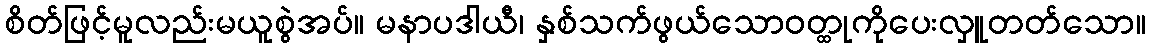
စိတ်ဖြင့်မူလည်းမယူစွဲအပ်။ မနာပဒါယီ၊ နှစ်သက်ဖွယ်သောဝတ္ထုကိုပေးလှူတတ်သော။